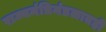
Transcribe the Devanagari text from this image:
राज्यमंत्रिमंडळातही